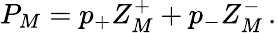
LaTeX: P_{M}=p_{+}Z_{M}^{+}+p_{-}Z_{M}^{-}\, .